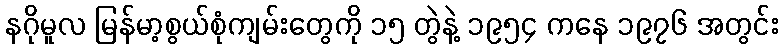
နဂိုမူလ မြန်မာ့စွယ်စုံကျမ်းတွေကို ၁၅ တွဲနဲ့ ၁၉၅၄ ကနေ ၁၉၇၆ အတွင်း